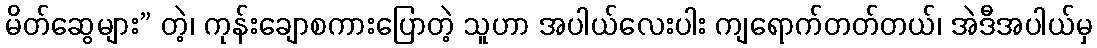
မိတ်ဆွေများ” တဲ့၊ ကုန်းချောစကားပြောတဲ့ သူဟာ အပါယ်လေးပါး ကျရောက်တတ်တယ်၊ အဲဒီအပါယ်မှ